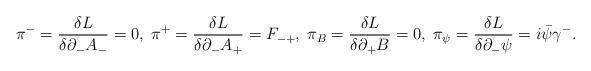
LaTeX: \begin{align*}{\pi}^-=\frac{{\delta}L}{{\delta}{\partial}_-A_-}=0,\;{\pi}^+=\frac{{\delta}L}{{\delta}{\partial}_-A_+}=F_{-+},\;{\pi}_B=\frac{{\delta}L}{{\delta}{\partial}_+B}=0,\;{\pi}_{\psi}=\frac{{\delta}L}{{\delta}{\partial}_-{\psi}}=i\bar{\psi}{\gamma}^-. \end{align*}